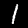
Label: 1